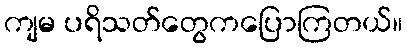
ကျမ ပရိသတ်တွေကပြောကြတယ်။